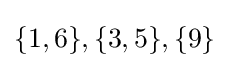
\{1,6\},\{3,5\},\{9\}